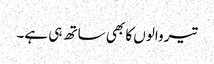
تیر والوں کا بھی ساتھ ہی ہے۔